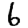
Digit: 6